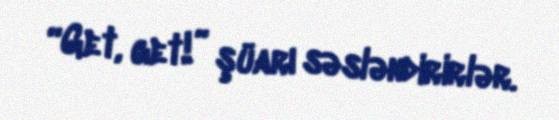
“Get, get!” şüarı səsləndirirlər.